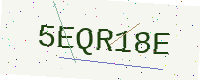
Text: 5EQR18E